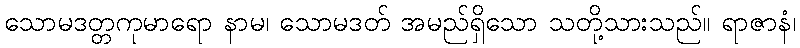
သောမဒတ္တကုမာရော နာမ၊ သောမဒတ် အမည်ရှိသော သတို့သားသည်။ ရာဇာနံ၊